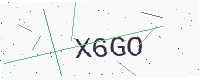
Text: X6GO